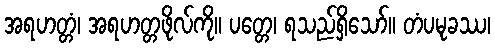
အရဟတ္တံ၊ အရဟတ္တဖိုလ်ကို။ ပတ္တေ၊ ရသည်ရှိသော်။ တံပမုခဿ၊